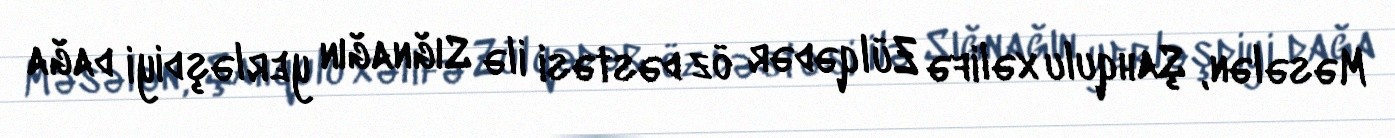
Məsələn, Şahqulu xəlifə Zülqədər öz dəstəsi ilə Sığnağın yerləşdiyi dağa